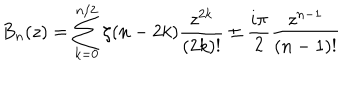
B _ { n } ( z ) = \sum _ { k = 0 } ^ { n / 2 } \zeta ( n - 2 k ) \frac { z ^ { 2 k } } { ( 2 k ) ! } \pm \frac { i \pi } { 2 } \frac { z ^ { n - 1 } } { ( n - 1 ) ! }